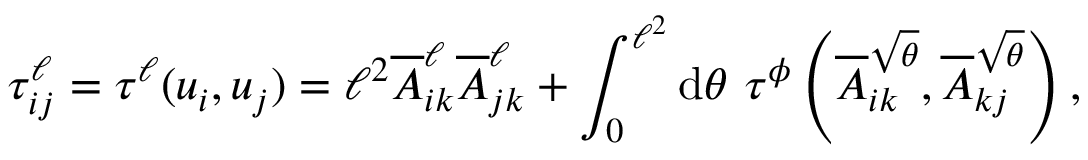
\tau _ { i j } ^ { \ell } = \tau ^ { \ell } ( u _ { i } , u _ { j } ) = \ell ^ { 2 } \overline { { A } } _ { i k } ^ { \ell } \overline { { A } } _ { j k } ^ { \ell } + \int _ { 0 } ^ { \ell ^ { 2 } } \mathrm { d } \theta ~ \tau ^ { \phi } \left( \overline { { A } } _ { i k } ^ { \sqrt { \theta } } , \overline { { A } } _ { k j } ^ { \sqrt { \theta } } \right) ,